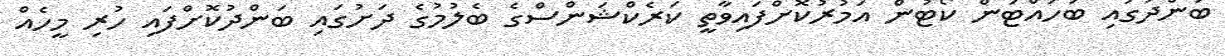
ބަންދުގައި ބަހައްޓަން ކޯޓުން އަމުރުކޮށްފައިވާތީ ކަރެކްޝަންސްގެ ބެލުމުގެ ދަށުގައި ބަންދުކޮށްފައި ހުރި މީހެއް